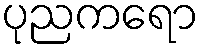
ပုညကရော